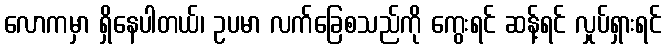
လောကမှာ ရှိနေပါတယ်၊ ဥပမာ လက်ခြေစသည်ကို ကွေးရင် ဆန့်ရင် လှုပ်ရှားရင်